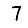
Digit: 7